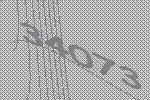
34073